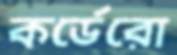
কর্ডেরো